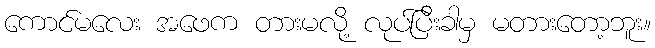
ကောင်မလေး အဖေက တားမလို့ လုပ်ပြီးခါမှ မတားတော့ဘူး။